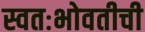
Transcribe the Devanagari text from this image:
स्वतःभोवतीची